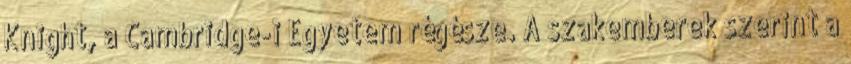
Knight, a Cambridge-i Egyetem régésze. A szakemberek szerint a